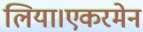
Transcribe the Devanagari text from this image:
लिया।एकरमेन